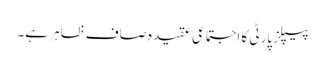
پیپلز پارٹی کا اجتماعی عقیدہ صاف ظاہر ہے۔